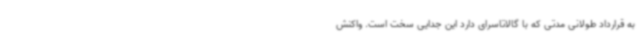
به قرارداد طولانی مدتی که با گالاتاسرای دارد این جدایی سخت است. واکنش